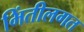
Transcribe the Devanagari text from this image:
भिंतीलगत